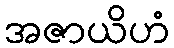
အဇာယိဟံ